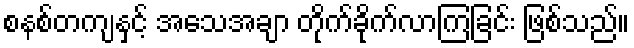
စနစ်တကျနှင့် အသေအချာ တိုက်ခိုက်လာကြခြင်း ဖြစ်သည်။